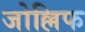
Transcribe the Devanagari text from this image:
जोल्लिफ